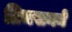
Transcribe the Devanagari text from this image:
ग्रिमसनने